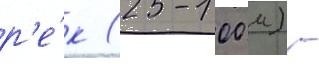
р'е́к (25-100 м) -